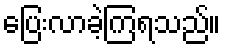
ပြေးလာခဲ့ကြရသည်။